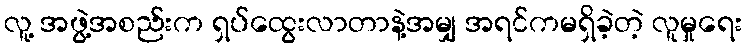
လူ့ အဖွဲ့အစည်းက ရှပ်ထွေးလာတာနဲ့အမျှ အရင်ကမရှိခဲ့တဲ့ လူမှုရေး